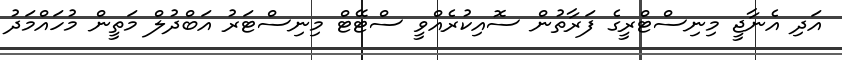
އަދި އެނާޖީ މިނިސްޓްރީގެ ފަރާތުން ސޮއިކުރެއްވީ ސްޓޭޓް މިނިސްޓަރު އަބްދުލް މަތީން މުހައްމަދު